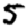
Digit: 5